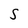
Character: S